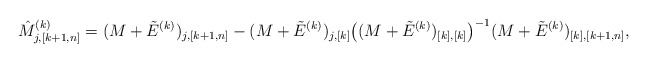
\begin{align*}\hat M^{(k)}_{j,[k+1,n]}= (M+\tilde E^{(k)})_{j,[k+1,n]} -(M+\tilde E^{(k)})_{j,[k]} \big((M+\tilde E^{(k)})_{[k],[k]} \big)^{-1} (M+\tilde E^{(k)})_{[k], [k+1,n]},\end{align*}